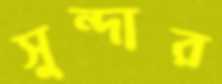
সুন্দার